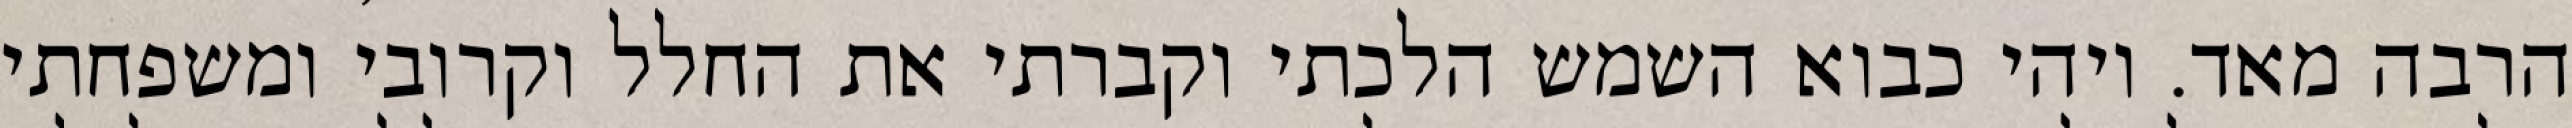
הרבה מאד. ויהי כבוא השמש הלכתי וקברתי את החלל וקרובי ומשפחתי